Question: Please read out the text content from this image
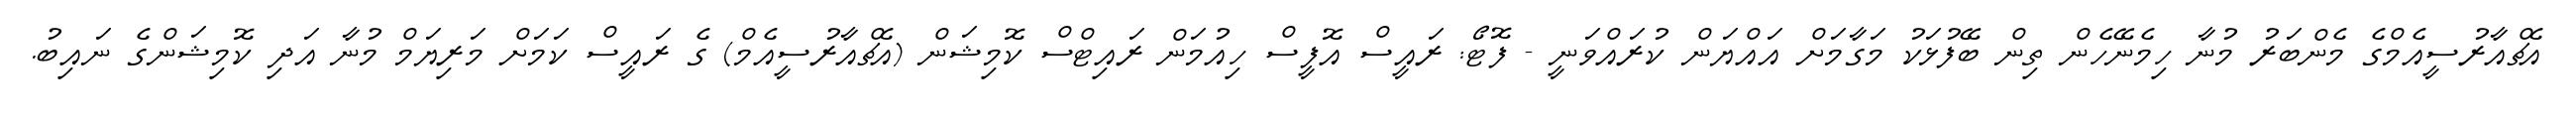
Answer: އެޗްއާރުސީއެމްގެ މެންބަރު މުނާ ހިމެނޭހެން ތިން ބޭފުޅަކު މަގާމަށް އައްޔަން ކުރައްވަނީ - ފޮޓޯ: ރައީސް އޮފީސް ހިއުމަން ރައިޓްސް ކޮމިޝަން (އެޗްއާރުސީއެމް) ގެ ރައީސް ކަމަށް މަރިޔަމް މުނާ އަދި ކޮމިޝަންގެ ނައިބު.